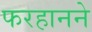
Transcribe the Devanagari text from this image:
फरहानने